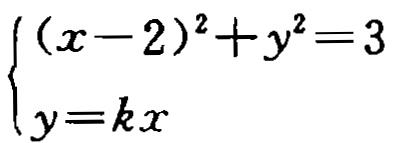
$\begin{cases}(x - 2)^2 + y^2 = 3\\y = kx\end{cases}$